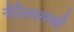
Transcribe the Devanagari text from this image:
नेल्लियमपथी